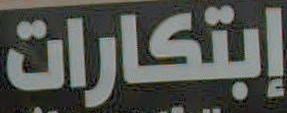
إبتكارات